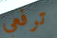
ترفعي